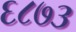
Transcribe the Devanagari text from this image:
६८७३